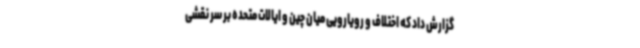
گزارش داد که اختلاف و رویارویی میان چین و ایالات متحده بر سر نقشی